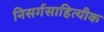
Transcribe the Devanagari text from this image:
निसर्गसाहित्यीक